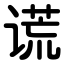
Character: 谎